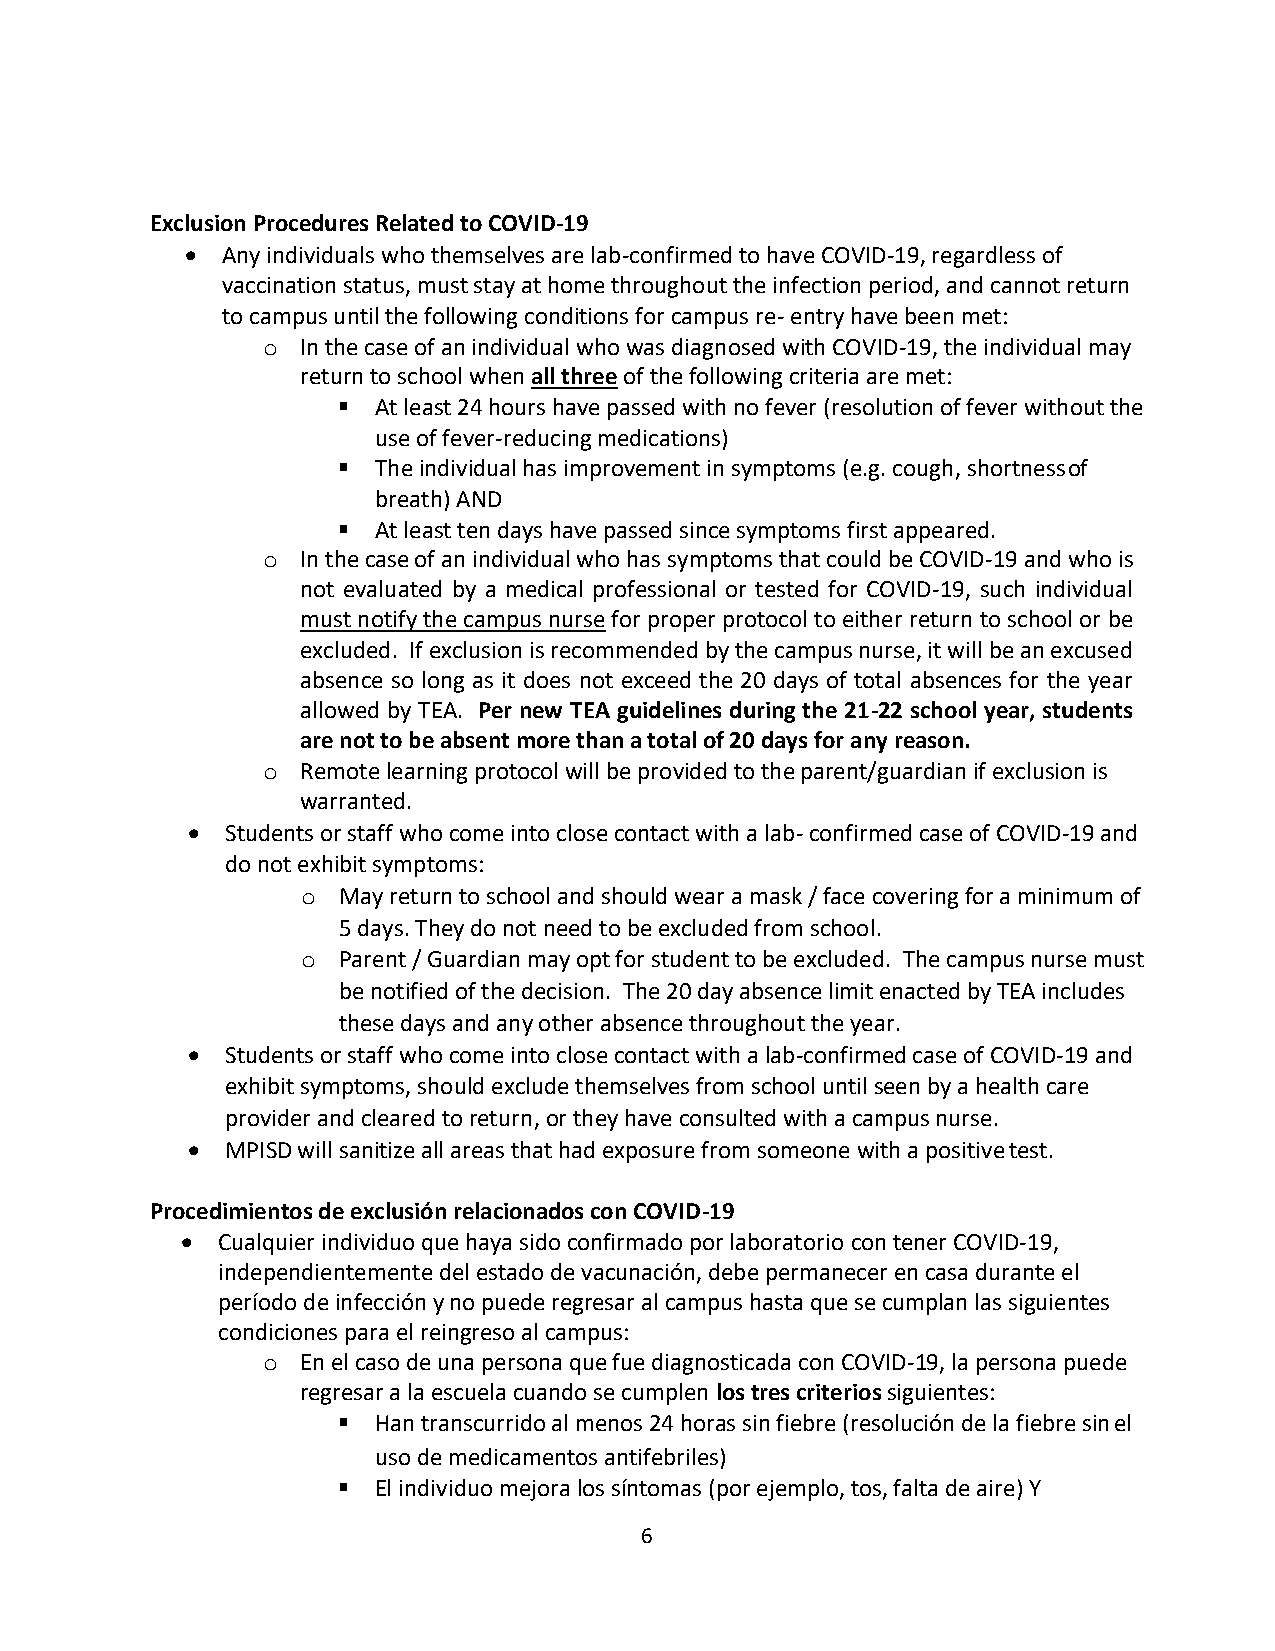
Exclusion Procedures Related to COVID-19
   Any individuals who themselves are lab-confirmed to have COVID-19, regardless of
 vaccination status, must stay at home throughout the infection period, and cannot return
 to campus until the following conditions for campus re- entry have been met:
 o  In the case of an individual who was diagnosed with COVID-19, the individual may
 return to school when all three of the following criteria are met:
   At least 24 hours have passed with no fever (resolution of fever without the
 use of fever-reducing medications)
   The individual has improvement in symptoms (e.g. cough, shortness of
 breath) AND
   At least ten days have passed since symptoms first appeared.
 o  In the case of an individual who has symptoms that could be COVID-19 and who is
 not evaluated by a medical professional or tested for COVID-19, such individual
 must notify the campus nurse for proper protocol to either return to school or be
 excluded. If exclusion is recommended by the campus nurse, it will be an excused
 absence so long as it does not exceed the 20 days of total absences for the year
 allowed by TEA. Per new TEA guidelines during the 21-22 school year, students
 are not to be absent more than a total of 20 days for any reason.
 o  Remote learning protocol will be provided to the parent/guardian if exclusion is
 warranted.
   Students or staff who come into close contact with a lab- confirmed case of COVID-19 and
 do not exhibit symptoms:
 o May return to school and should wear a mask / face covering for a minimum of
 5 days. They do not need to be excluded from school.
 o Parent / Guardian may opt for student to be excluded. The campus nurse must
 be notified of the decision. The 20 day absence limit enacted by TEA includes
 these days and any other absence throughout the year.
   Students or staff who come into close contact with a lab-confirmed case of COVID-19 and
 exhibit symptoms, should exclude themselves from school until seen by a health care
 provider and cleared to return, or they have consulted with a campus nurse.
   MPISD will sanitize all areas that had exposure from someone with a positive test.
 Procedimientos de exclusión relacionados con COVID-19
  Cualquier individuo que haya sido confirmado por laboratorio con tener COVID-19,
 independientemente del estado de vacunación, debe permanecer en casa durante el
 período de infección y no puede regresar al campus hasta que se cumplan las siguientes
 condiciones para el reingreso al campus:
 o  En el caso de una persona que fue diagnosticada con COVID-19, la persona puede
 regresar a la escuela cuando se cumplen los tres criterios siguientes:
   Han transcurrido al menos 24 horas sin fiebre (resolución de la fiebre sin el
 uso de medicamentos antifebriles)
   El individuo mejora los síntomas (por ejemplo, tos, falta de aire) Y
 6